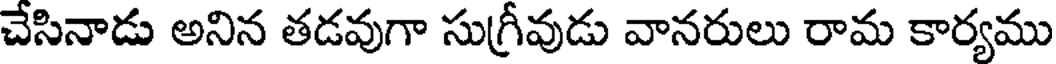
చేసినాడు అనిన తడవుగా సుగ్రీవుడు వానరులు రామ కార్యము